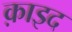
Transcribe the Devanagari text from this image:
क़ाइद